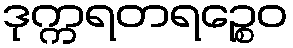
ဒုက္ကရတရဉ္စေဝ